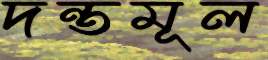
দন্তমূল